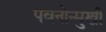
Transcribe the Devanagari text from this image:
पवनोन्मुखी